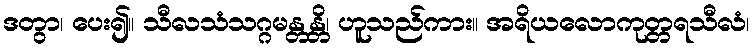
ဒတွာ၊ ပေး၍။ သီလသံသဂ္ဂမန္တန္တိ၊ ဟူသည်ကား။ အရိယလောကုတ္တရသီလံ၊